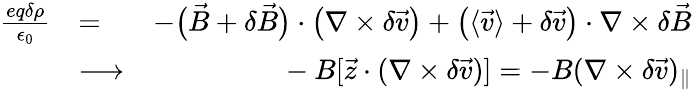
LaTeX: \begin{array}{rlr}{\frac{eq\delta\rho}{\epsilon_{0}}}&{=}&{-\big(\vec{B}+\delta\vec{B}\big)\cdot\big(\nabla\times\delta\vec{v}\big)+\big(\langle\vec{v}\rangle+\delta\vec{v}\big)\cdot\nabla\times\delta\vec{B}}\\ &{\longrightarrow}&{\ -B[\vec{z}\cdot(\nabla\times\delta\vec{v})]=-B(\nabla\times\delta\vec{v})_{\| }}\end{array}